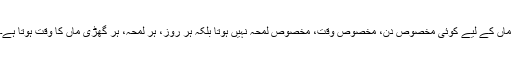
ماں کے لیے کوئی مخصوص دن، مخصوص وقت، مخصوص لمحہ نہیں ہوتا بلکہ ہر روز، ہر لمحہ، ہر گھڑی ماں کا وقت ہوتا ہے۔